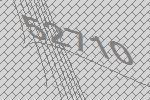
52710